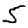
Digit: 5